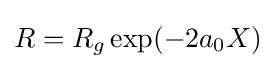
R=R_{g}\exp(-2a_{0}X)